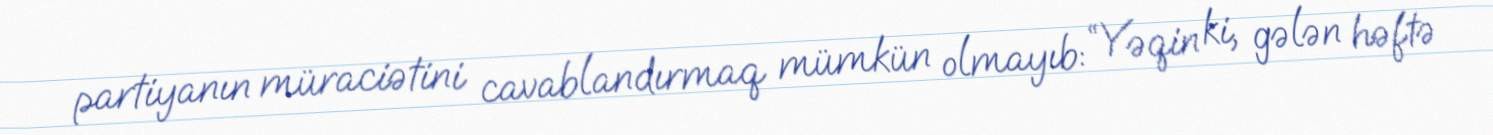
partiyanın müraciətini cavablandırmaq mümkün olmayıb: “Yəqin ki, gələn həftə